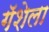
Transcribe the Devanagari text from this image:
गॅशेला